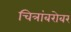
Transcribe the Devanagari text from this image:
चित्रांबरोबर